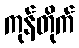
ကုန်တိုက်